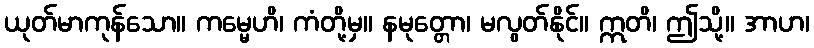
ယုတ်မာကုန်သော။ ကမ္မေဟိ၊ ကံတို့မှ။ နမုတ္တော၊ မလွတ်နိုင်။ ဣတိ၊ ဤသို့။ အာဟ၊